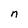
Character: n